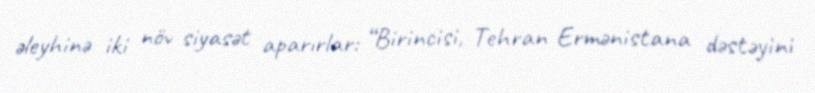
əleyhinə iki növ siyasət aparırlar: “Birincisi, Tehran Ermənistana dəstəyini